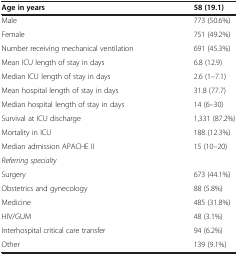
<table><thead><tr><td><b>Age in years</b></td><td><b>58 (19.1)</b></td></tr></thead><tbody><tr><td>Male</td><td>773 (50.6%)</td></tr><tr><td>Female</td><td>751 (49.2%)</td></tr><tr><td>Number receiving mechanical ventilation</td><td>691 (45.3%)</td></tr><tr><td>Mean ICU length of stay in days</td><td>6.8 (12.9)</td></tr><tr><td>Median ICU length of stay in days</td><td>2.6 (1–7.1)</td></tr><tr><td>Mean hospital length of stay in days</td><td>31.8 (77.7)</td></tr><tr><td>Median hospital length of stay in days</td><td>14 (6–30)</td></tr><tr><td>Survival at ICU discharge</td><td>1,331 (87.2%)</td></tr><tr><td>Mortality in ICU</td><td>188 (12.3%)</td></tr><tr><td>Median admission APACHE II</td><td>15 (10–20)</td></tr><tr><td><i>Referring specialty</i></td><td> </td></tr><tr><td>Surgery</td><td>673 (44.1%)</td></tr><tr><td>Obstetrics and gynecology</td><td>88 (5.8%)</td></tr><tr><td>Medicine</td><td>485 (31.8%)</td></tr><tr><td>HIV/GUM</td><td>48 (3.1%)</td></tr><tr><td>Interhospital critical care transfer</td><td>94 (6.2%)</td></tr><tr><td>Other</td><td>139 (9.1%)</td></tr></tbody></table>